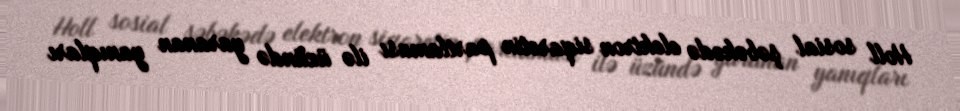
Holl sosial şəbəkədə elektron siqaretin partlaması ilə üzündə yaranan yanıqları